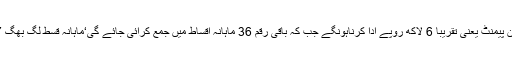
ایک اپارٹمنٹ پر 20 فیصد ڈاﺅن پیمنٹ یعنی تقریباً 6 لاکھ روپے ادا کرناہونگے جب کہ باقی رقم 36 ماہانہ اقساط میں جمع کرائی جائے گی‘ماہانہ قسط لگ بھگ 67 ہزار روپے ماہانہ بنتی ہے۔